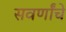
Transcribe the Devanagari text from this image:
सवर्णांचे